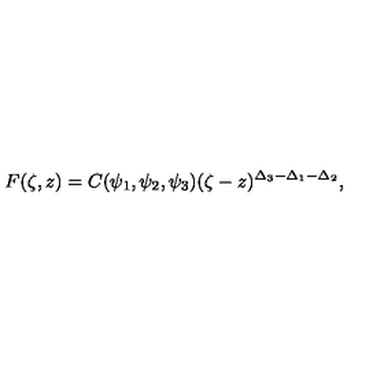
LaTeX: F ( \zeta , z ) = C ( \psi _ { 1 } , \psi _ { 2 } , \psi _ { 3 } ) ( \zeta - z ) ^ { \Delta _ { 3 } - \Delta _ { 1 } - \Delta _ { 2 } } ,